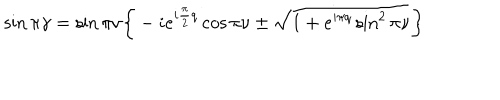
LaTeX: \sin \pi \gamma = \sin \pi \nu \bigg \{ - i e ^ { i \frac { \pi } { 2 } q } \cos \pi \nu \pm \sqrt { 1 + e ^ { i \pi q } \sin ^ { 2 } \pi \nu } \bigg \}